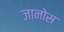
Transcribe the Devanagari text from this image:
जानोस